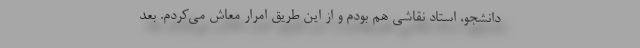
دانشجو، استاد نقاشی هم بودم و از این طریق امرار معاش می‌کردم. بعد